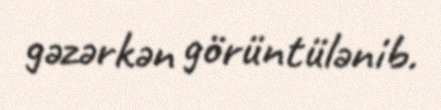
gəzərkən görüntülənib.